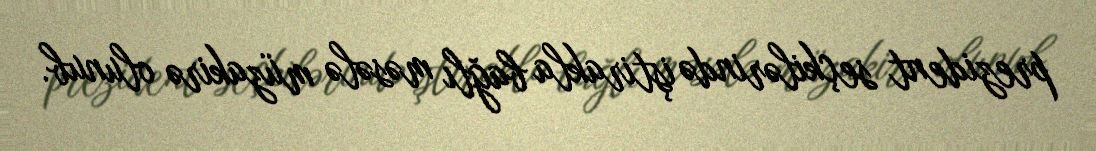
prezident seçkilərində iştirakla bağlı məsələ müzakirə olunub.